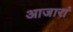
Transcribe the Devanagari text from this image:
आजारां